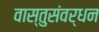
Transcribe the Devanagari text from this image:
वास्तुसंवर्धन